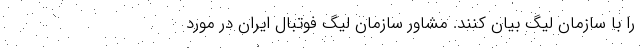
را با سازمان لیگ بیان کنند. مشاور سازمان لیگ فوتبال ایران در مورد